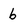
Character: b